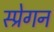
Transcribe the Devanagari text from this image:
स्प्रेगन